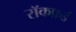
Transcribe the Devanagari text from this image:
रॉकफ़र्ड